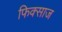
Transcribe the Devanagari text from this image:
फिक्साज